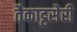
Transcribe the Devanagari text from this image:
तैकाट्टसेरी